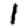
Digit: 1